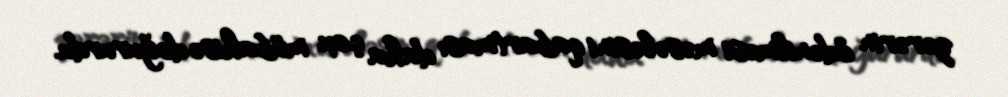
zərərin ödənilməsi məsələsini qabartması daha çox mübahisə doğururdu.